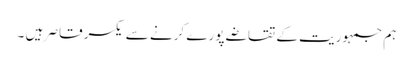
ہم جمہوریت کے تقاضے پورے کرنے سے یکسر قاصر ہیں ۔